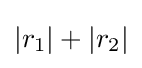
|r_{1}|+|r_{2}|